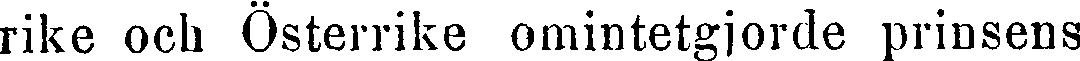
rike och Österrike omintetgjorde prinsens